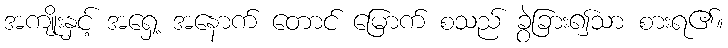
အကျိုးနှင့် အရှေ့ အနောက် တောင် မြောက် စသည် ခွဲခြား၍သာ စားရ၏။